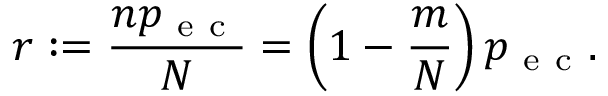
r : = \frac { n p _ { \mathrm { ~ e ~ c ~ } } } { N } = \left( 1 - \frac { m } { N } \right) p _ { \mathrm { ~ e ~ c ~ } } .